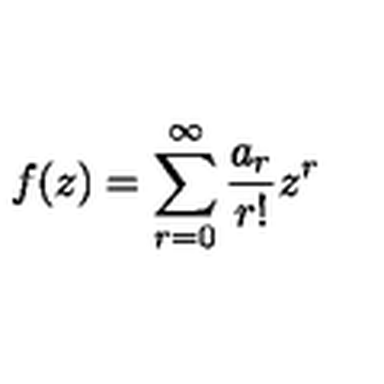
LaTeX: f ( z ) = \sum _ { r = 0 } ^ { \infty } \frac { a _ { r } } { r ! } z ^ { r }